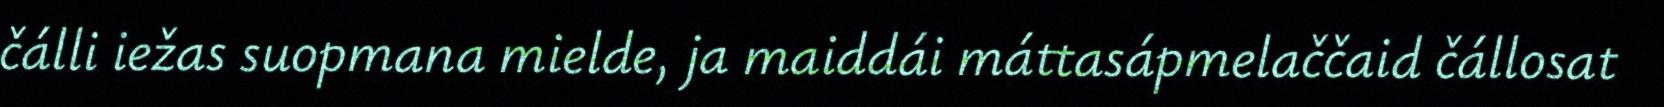
čálli iežas suopmana mielde, ja maiddái máttasápmelaččaid čállosat